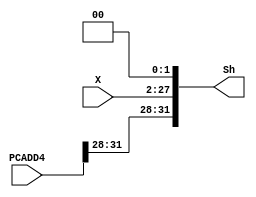
`timescale 1ns / 1ps
//////////////////////////////////////////////////////////////////////////////////
// Company: 
// Engineer: 
// 
// Design Name: 
// Module Name: SHIFTER_COMBINATION
// Project Name: 
// Target Devices: 
// Tool Versions: 
// Description: 
// 
// Dependencies: 
// 
// Revision:
// Revision 0.01 - File Created
// Additional Comments:
// 
//////////////////////////////////////////////////////////////////////////////////

module SHIFTER_COMBINATION(X,PCADD4,Sh);
    input [25:0] X;
    input [31:0] PCADD4;
    output [31:0] Sh;
    parameter z=2'b00;
    assign Sh={PCADD4[31:28],X[25:0],z};
endmodule